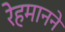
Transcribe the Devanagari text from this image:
रेहमानने